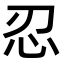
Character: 忍